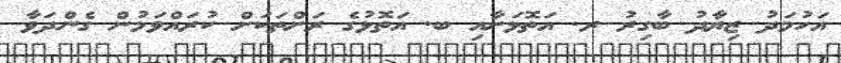
އަހުމަދު ޒިޔާދު ބާގިރު ރ. އަތޮޅަށާއި ބ. އަތޮޅުގެ ރަށްތަކަށް ކުރައްވަމުން ގެންދަވާ